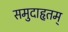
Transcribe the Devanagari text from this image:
समुदाहृतम्